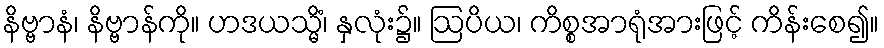
နိဗ္ဗာနံ၊ နိဗ္ဗာန်ကို။ ဟဒယသ္မိံ၊ နှလုံး၌။ ဩပိယ၊ ကိစ္စအာရုံအားဖြင့် ကိန်းစေ၍။